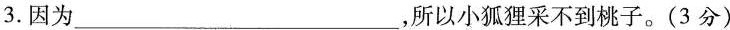
3.因为___，所以小狐狸采不到桃子。(3分)